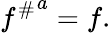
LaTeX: {f^{\# }}^{a}=f.